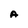
Character: A